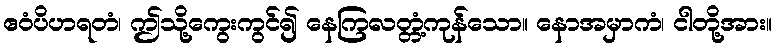
ဧဝံပိဟရတံ၊ ဤသို့ကွေးကွင်၍ နေကြလတ္တံ့ကုန်သော။ နောအမှာကံ၊ ငါတို့အား။